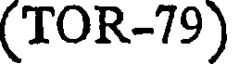
(TOR-79)